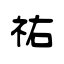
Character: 祐